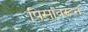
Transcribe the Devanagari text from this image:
पिसांवरून